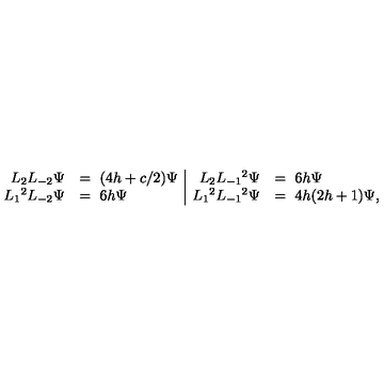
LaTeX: \begin{array} { r l | r l } { L _ { 2 } L _ { - 2 } \Psi } & { = \ ( 4 h + c / 2 ) \Psi } & { L _ { 2 } L _ { - 1 } { } ^ { 2 } \Psi } & { = \ 6 h \Psi } \\ { L _ { 1 } { } ^ { 2 } L _ { - 2 } \Psi } & { = \ 6 h \Psi } & { L _ { 1 } { } ^ { 2 } L _ { - 1 } { } ^ { 2 } \Psi } & { = \ 4 h ( 2 h + 1 ) \Psi , } \\ \end{array}